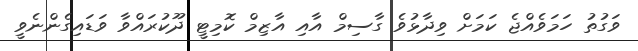
ވަގުތު ހަމަވެއްޖެ ކަމަށް ވިދާޅުވެ ގާސިމް އާއި އާޒިމް ކޮމިޓީ ދޫކުރައްވާ ވަޑައިގެންނެވީ